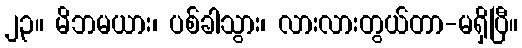
၂၃။ မိဘမယား၊ ပစ်ခါသွား၊ လားလားတွယ်တာ-မရှိပြီ။